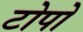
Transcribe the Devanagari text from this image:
टोपो